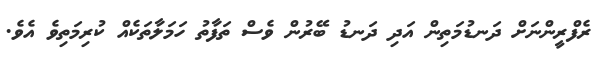
ރެފްރީންނަށް ދަނޑުމަތިން އަދި ދަނޑު ބޭރުން ވެސް ތަފާތު ހަމަލާތަކެއް ކުރިމަތިވެ އެވެ.